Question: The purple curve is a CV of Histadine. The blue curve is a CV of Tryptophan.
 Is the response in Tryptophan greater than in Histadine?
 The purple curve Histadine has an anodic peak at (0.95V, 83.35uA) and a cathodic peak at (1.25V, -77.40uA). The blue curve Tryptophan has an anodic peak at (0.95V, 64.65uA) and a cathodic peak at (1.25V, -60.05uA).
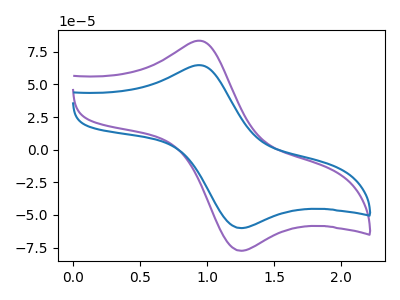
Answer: <think>All the peaks in "Tryptophan" have a peak in "Histadine" at the same potential. Every peak in "Tryptophan" is lower than every peak in "Histadine".
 </think>
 <answer>"Tryptophan" has less signal than "Histadine".</answer>
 <eval>less_signal</eval>